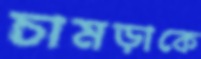
চামড়াকে